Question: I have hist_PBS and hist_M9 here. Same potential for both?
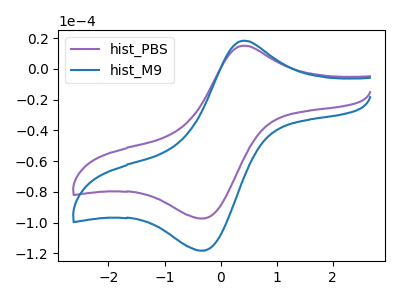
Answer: <think>The purple curve "hist_PBS" has an anodic peak at (0.40V, 15.10uA) and a cathodic peak at (-0.35V, -97.20uA). The blue curve "hist_M9" has an anodic peak at (0.40V, 18.30uA) and a cathodic peak at (-0.35V, -118.10uA).
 All the peaks in "hist_PBS" have a peak in "hist_M9" at the same potential. Every peak in "hist_PBS" is lower than every peak in "hist_M9".</think>
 <answer>"hist_PBS" and "hist_M9" are similar in shape.</answer>
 <eval>same_shape</eval>